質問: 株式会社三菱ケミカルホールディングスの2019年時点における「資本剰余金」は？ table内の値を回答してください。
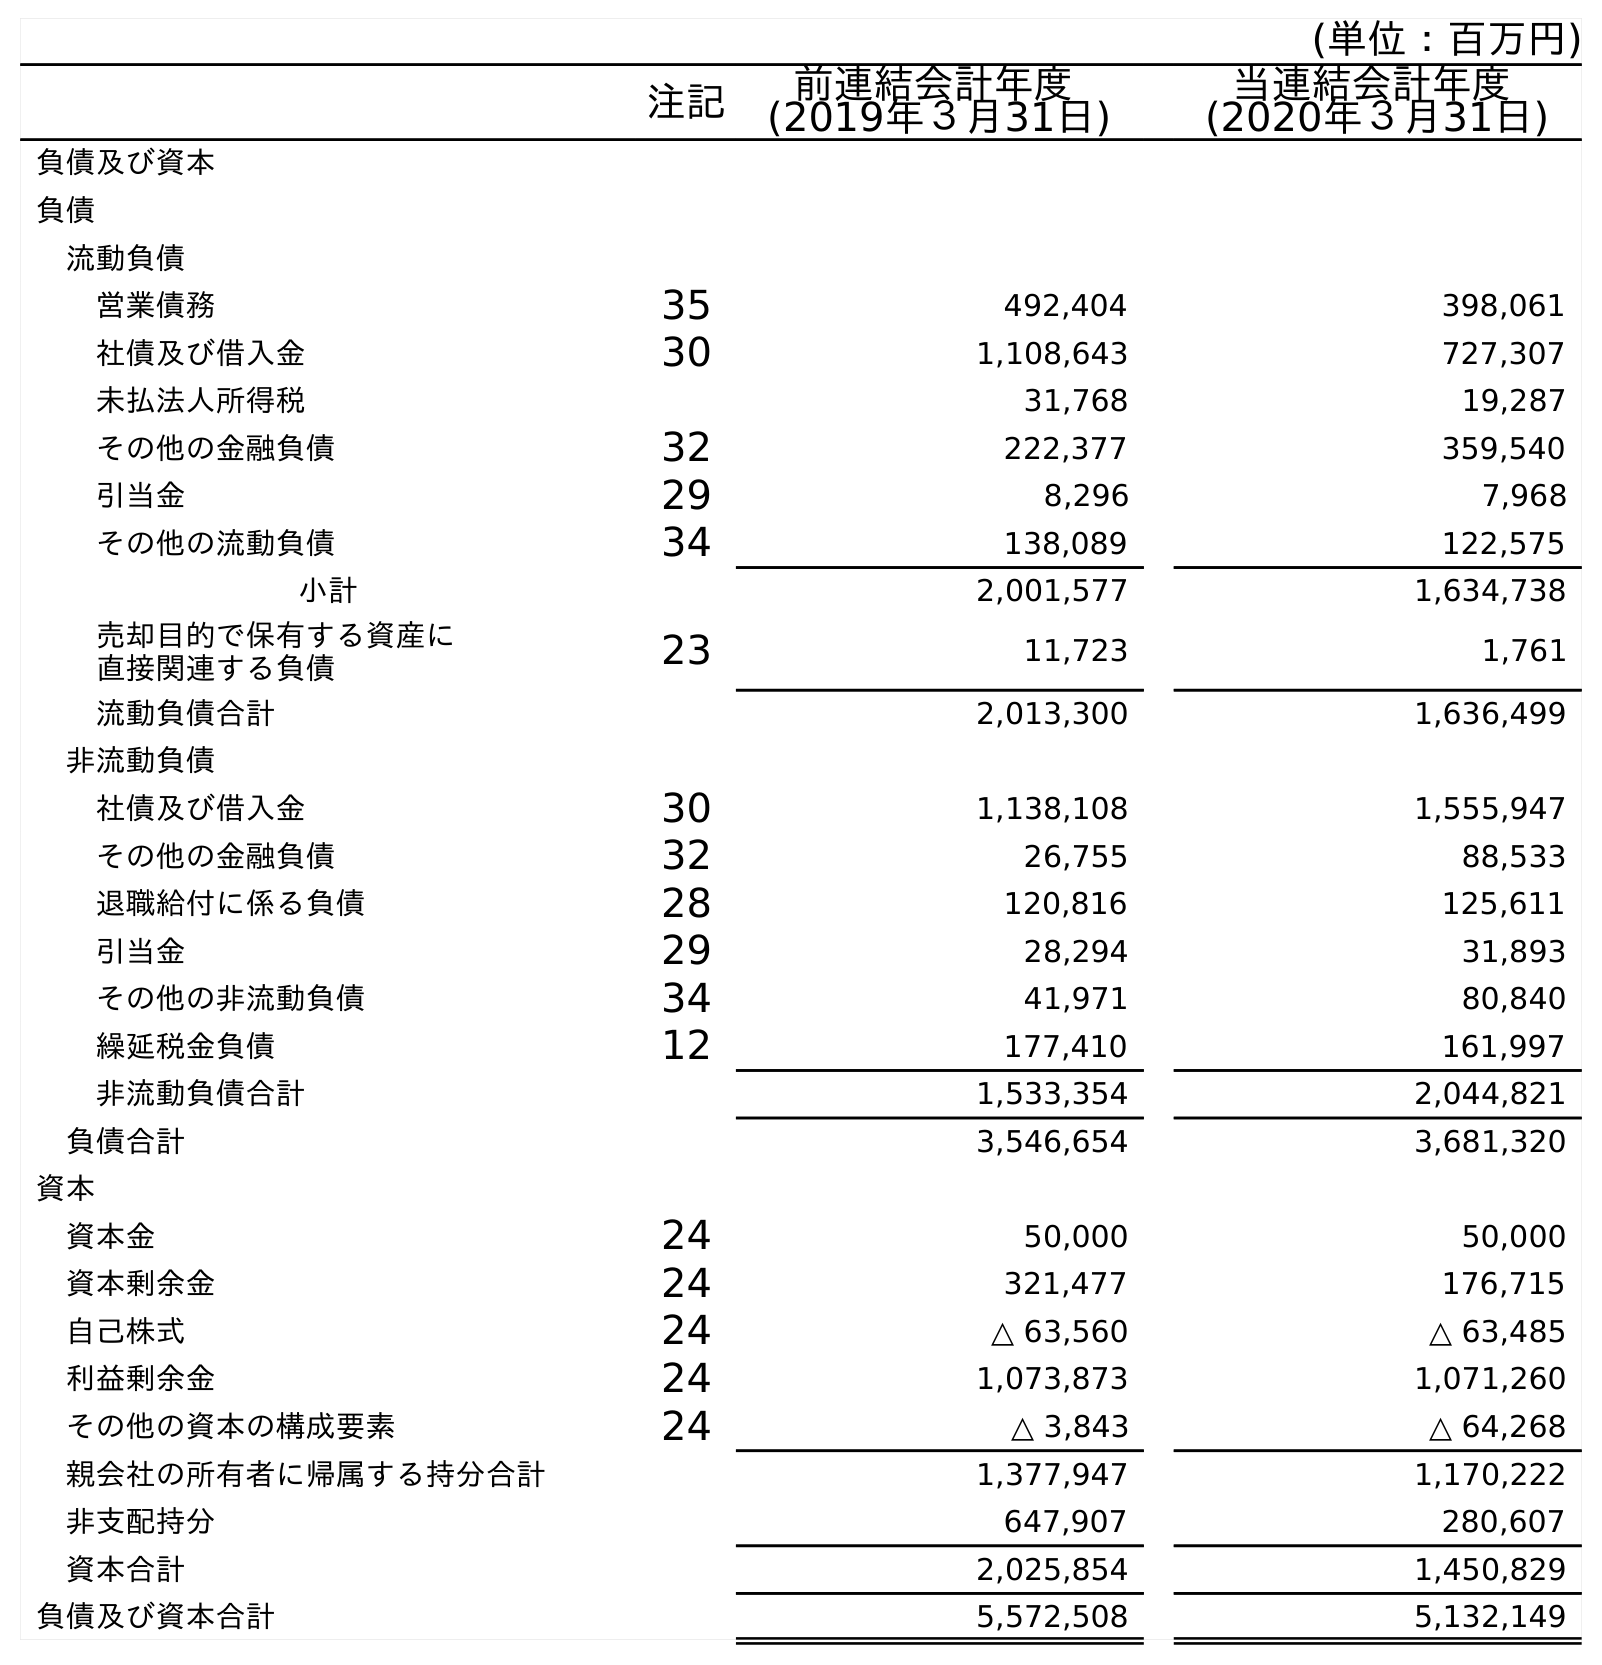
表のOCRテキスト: (単位：百万円) 注記 前連結会計年度 (2019年３月31日) 当連結会計年度 (2020年３月31日) 負債及び資本 負債 流動負債 営業債務 35 492,404 398,061 社債及び借入金 30 1,108,643 727,307 未払法人所得税 31,768 19,287 その他の金融負債 32 222,377 359,540 引当金 29 8,296 7,968 その他の流動負債 34 138,089 122,575 小計 2,001,577 1,634,738 売却目的で保有する資産に 直接関連する負債 23 11,723 1,761 流動負債合計 2,013,300 1,636,499 非流動負債 社債及び借入金 30 1,138,108 1,555,947 その他の金融負債 32 26,755 88,533 退職給付に係る負債 28 120,816 125,611 引当金 29 28,294 31,893 その他の非流動負債 34 41,971 80,840 繰延税金負債 12 177,410 161,997 非流動負債合計 1,533,354 2,044,821 負債合計 3,546,654 3,681,320 資本 資本金 24 50,000 50,000 資本剰余金 24 321,477 176,715 自己株式 24 △ 63,560 △ 63,485 利益剰余金 24 1,073,873 1,071,260 その他の資本の構成要素 24 △ 3,843 △ 64,268 親会社の所有者に帰属する持分合計 1,377,947 1,170,222 非支配持分 647,907 280,607 資本合計 2,025,854 1,450,829 負債及び資本合計 5,572,508 5,132,149
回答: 321,477